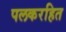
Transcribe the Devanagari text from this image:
पलकरहित